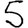
Digit: 5